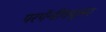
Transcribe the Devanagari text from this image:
परपॅन्डीक्यूलर